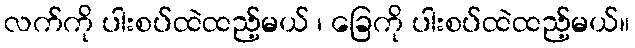
လက်ကို ပါးစပ်ထဲထည့်မယ် ၊ ခြေကို ပါးစပ်ထဲထည့်မယ်။